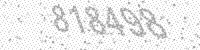
Solution: 818498